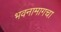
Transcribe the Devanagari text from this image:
भवनामागचा